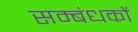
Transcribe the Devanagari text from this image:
सम्बंधकों